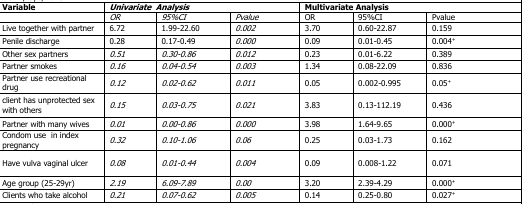
<table><thead><tr><td><b>Variable</b></td><td colspan="3"><b><i>Univariate Analysis</i></b></td><td colspan="3"><b>Multivariate Analysis</b></td></tr></thead><tbody><tr><td></td><td><i>OR</i></td><td><i>95%CI</i></td><td><i>Pvalue</i></td><td>OR</td><td>95%CI</td><td>Pvalue</td></tr><tr><td>Live together with partner</td><td>6.72</td><td>1.99-22.60</td><td><i>0.002</i></td><td>3.70</td><td>0.60-22.87</td><td>0.159</td></tr><tr><td>Penile discharge</td><td>0.28</td><td>0.17-0.49</td><td><i>0.000</i></td><td>0.09</td><td>0.01-0.45</td><td>0.004<sup>+</sup></td></tr><tr><td>Other sex partners</td><td><i>0.51</i></td><td><i>0.30-0.86</i></td><td><i>0.012</i></td><td>0.23</td><td>0.01-6.22</td><td>0.389</td></tr><tr><td>Partner smokes</td><td><i>0.16</i></td><td><i>0.04-0.54</i></td><td><i>0.003</i></td><td>1.34</td><td>0.08-22.09</td><td>0.836</td></tr><tr><td>Partner use recreational drug</td><td><i>0.12</i></td><td><i>0.02-0.62</i></td><td><i>0.011</i></td><td>0.05</td><td>0.002-0.995</td><td>0.05<sup>+</sup></td></tr><tr><td>client has unprotected sex with others</td><td><i>0.15</i></td><td><i>0.03-0.75</i></td><td><i>0.021</i></td><td>3.83</td><td>0.13-112.19</td><td>0.436</td></tr><tr><td>Partner with many wives</td><td><i>0.01</i></td><td><i>0.00-0.86</i></td><td><i>0.000</i></td><td>3.98</td><td>1.64-9.65</td><td>0.000<sup>+</sup></td></tr><tr><td>Condom use in index pregnancy</td><td><i>0.32</i></td><td><i>0.10-1.06</i></td><td><i>0.06</i></td><td>0.25</td><td>0.03-1.73</td><td>0.162</td></tr><tr><td>Have vulva vaginal ulcer</td><td><i>0.08</i></td><td><i>0.01-0.44</i></td><td><i>0.004</i></td><td>0.09</td><td>0.008-1.22</td><td>0.071</td></tr><tr><td>Age group (25-29yr)</td><td><i>2.19</i></td><td><i>6.09-7.89</i></td><td><i>0.00</i></td><td>3.20</td><td>2.39-4.29</td><td>0.000<sup>+</sup></td></tr><tr><td>Clients who take alcohol</td><td><i>0.21</i></td><td><i>0.07-0.62</i></td><td><i>0.005</i></td><td>0.14</td><td>0.25-0.80</td><td>0.027<sup>+</sup></td></tr></tbody></table>